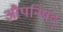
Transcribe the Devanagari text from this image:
औपनिषद्